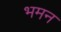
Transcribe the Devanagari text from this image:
भमन